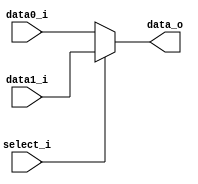
module Mux5
(
    data0_i,
    data1_i,
    select_i,
    data_o
);

input   [4:0]  data0_i;
input   [4:0]  data1_i;
input          select_i;
output  [4:0]  data_o;

assign data_o = select_i ? data1_i : data0_i;

endmodule